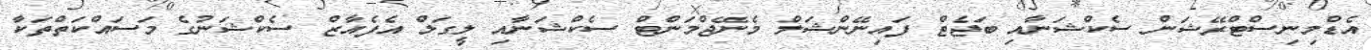
އެޑްމިނިސްޓްރޭޝަން ސެކްޝަނާއި ބަޖެޓް ފައިނޭންޝަލް މެނޭޖްމަންޓް ސެކްޝަނާއި ލީގަލް އެފެއާޒް ސެކްޝަނުގެ މަސައްކަތްތަކާ